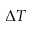
\Delta T